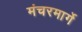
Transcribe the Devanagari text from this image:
मंचरमार्गे